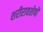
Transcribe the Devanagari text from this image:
शरीरावशेषों